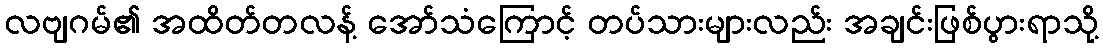
လဗျဂမ်၏ အထိတ်တလန့် အော်သံကြောင့် တပ်သားများလည်း အချင်းဖြစ်ပွားရာသို့